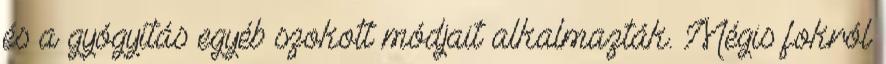
és a gyógyítás egyéb szokott módjait alkalmazták. Mégis fokról